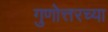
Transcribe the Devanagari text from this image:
गुणोत्तरच्या